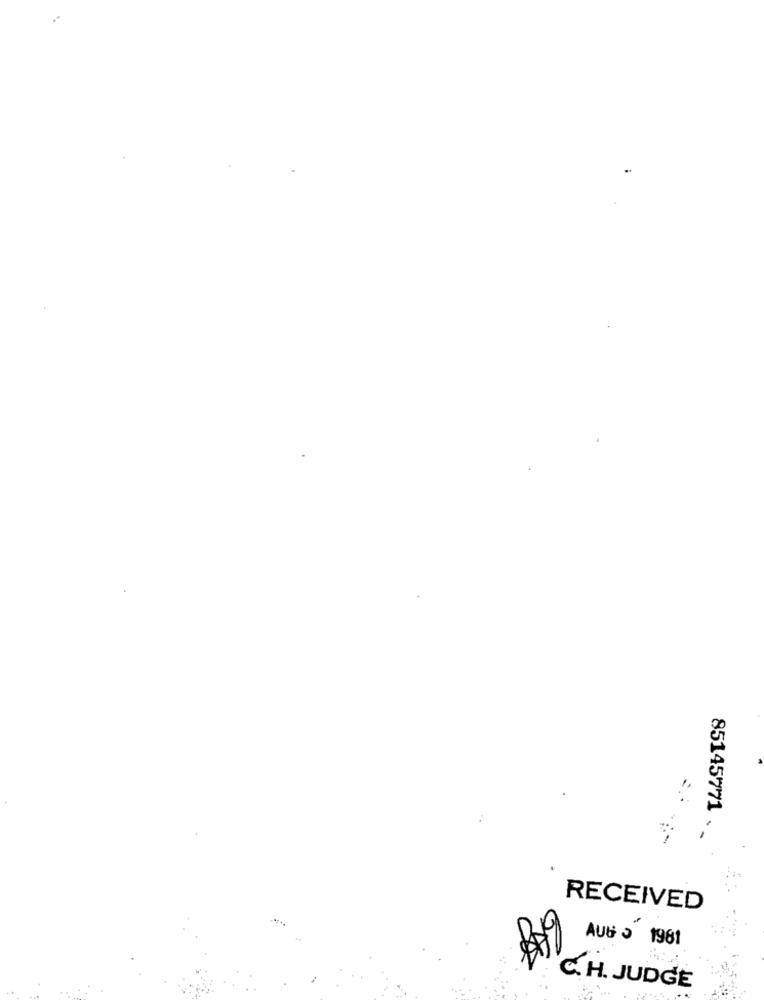
85145771
RECEIVED
AUG . 1981
C. H. JUDGE